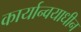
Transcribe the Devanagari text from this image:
कार्यान्वयाधीन